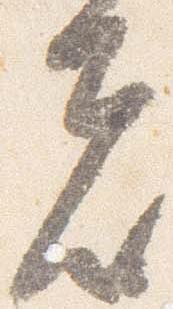
者